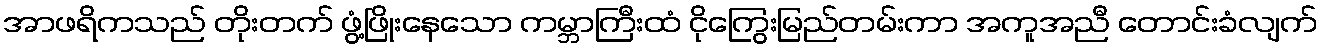
အာဖရိကသည် တိုးတက် ဖွံ့ဖြိုးနေသော ကမ္ဘာကြီးထံ ငိုကြွေးမြည်တမ်းကာ အကူအညီ တောင်းခံလျက်